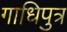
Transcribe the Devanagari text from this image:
गाधिपुत्र